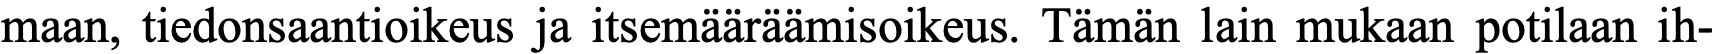
maan, tiedonsaantioikeus ja itsemääräämisoikeus. Tämän lain mukaan potilaan ih-